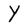
Character: Y